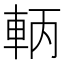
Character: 𨋣